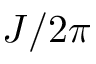
J / 2 \protect \pi